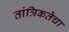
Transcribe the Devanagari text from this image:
तांत्रिकतेचा